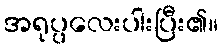
အရုပ္ပလေးပါးပြီး၏။